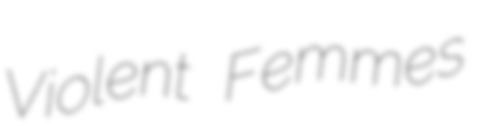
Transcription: Violent Femmes